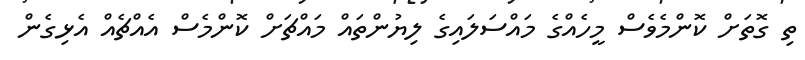
ތި ގޮތަށް ކޮންމެވެސް މީހެއްގެ މައްސަލައިގެ ލިޔުންތައް މައްޗަށް ކޮންމެސް އެއްޗެއް އެޅިގެން